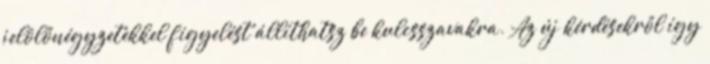
jelölőnégyzetekkel figyelést állíthatsz be kulcsszavakra. Az új kérdésekről így